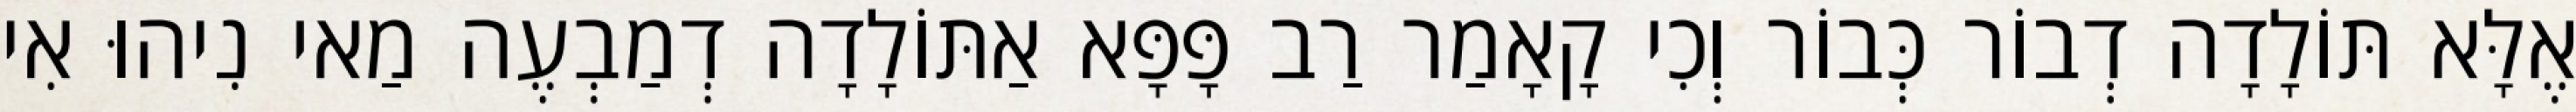
אֶלָּא תּוֹלָדָה דְבוֹר כְּבוֹר וְכִי קָאָמַר רַב פָּפָּא אַתּוֹלָדָה דְמַבְעֶה מַאי נִיהוּ אִי